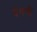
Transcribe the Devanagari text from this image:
वंगणी